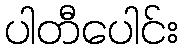
ပါတီပေါင်း